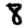
Digit: 8